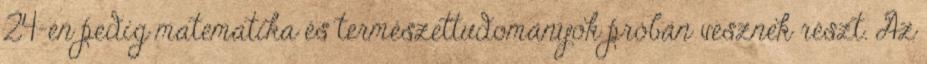
24-én pedig matematika és természettudományok próbán vesznek részt. Az